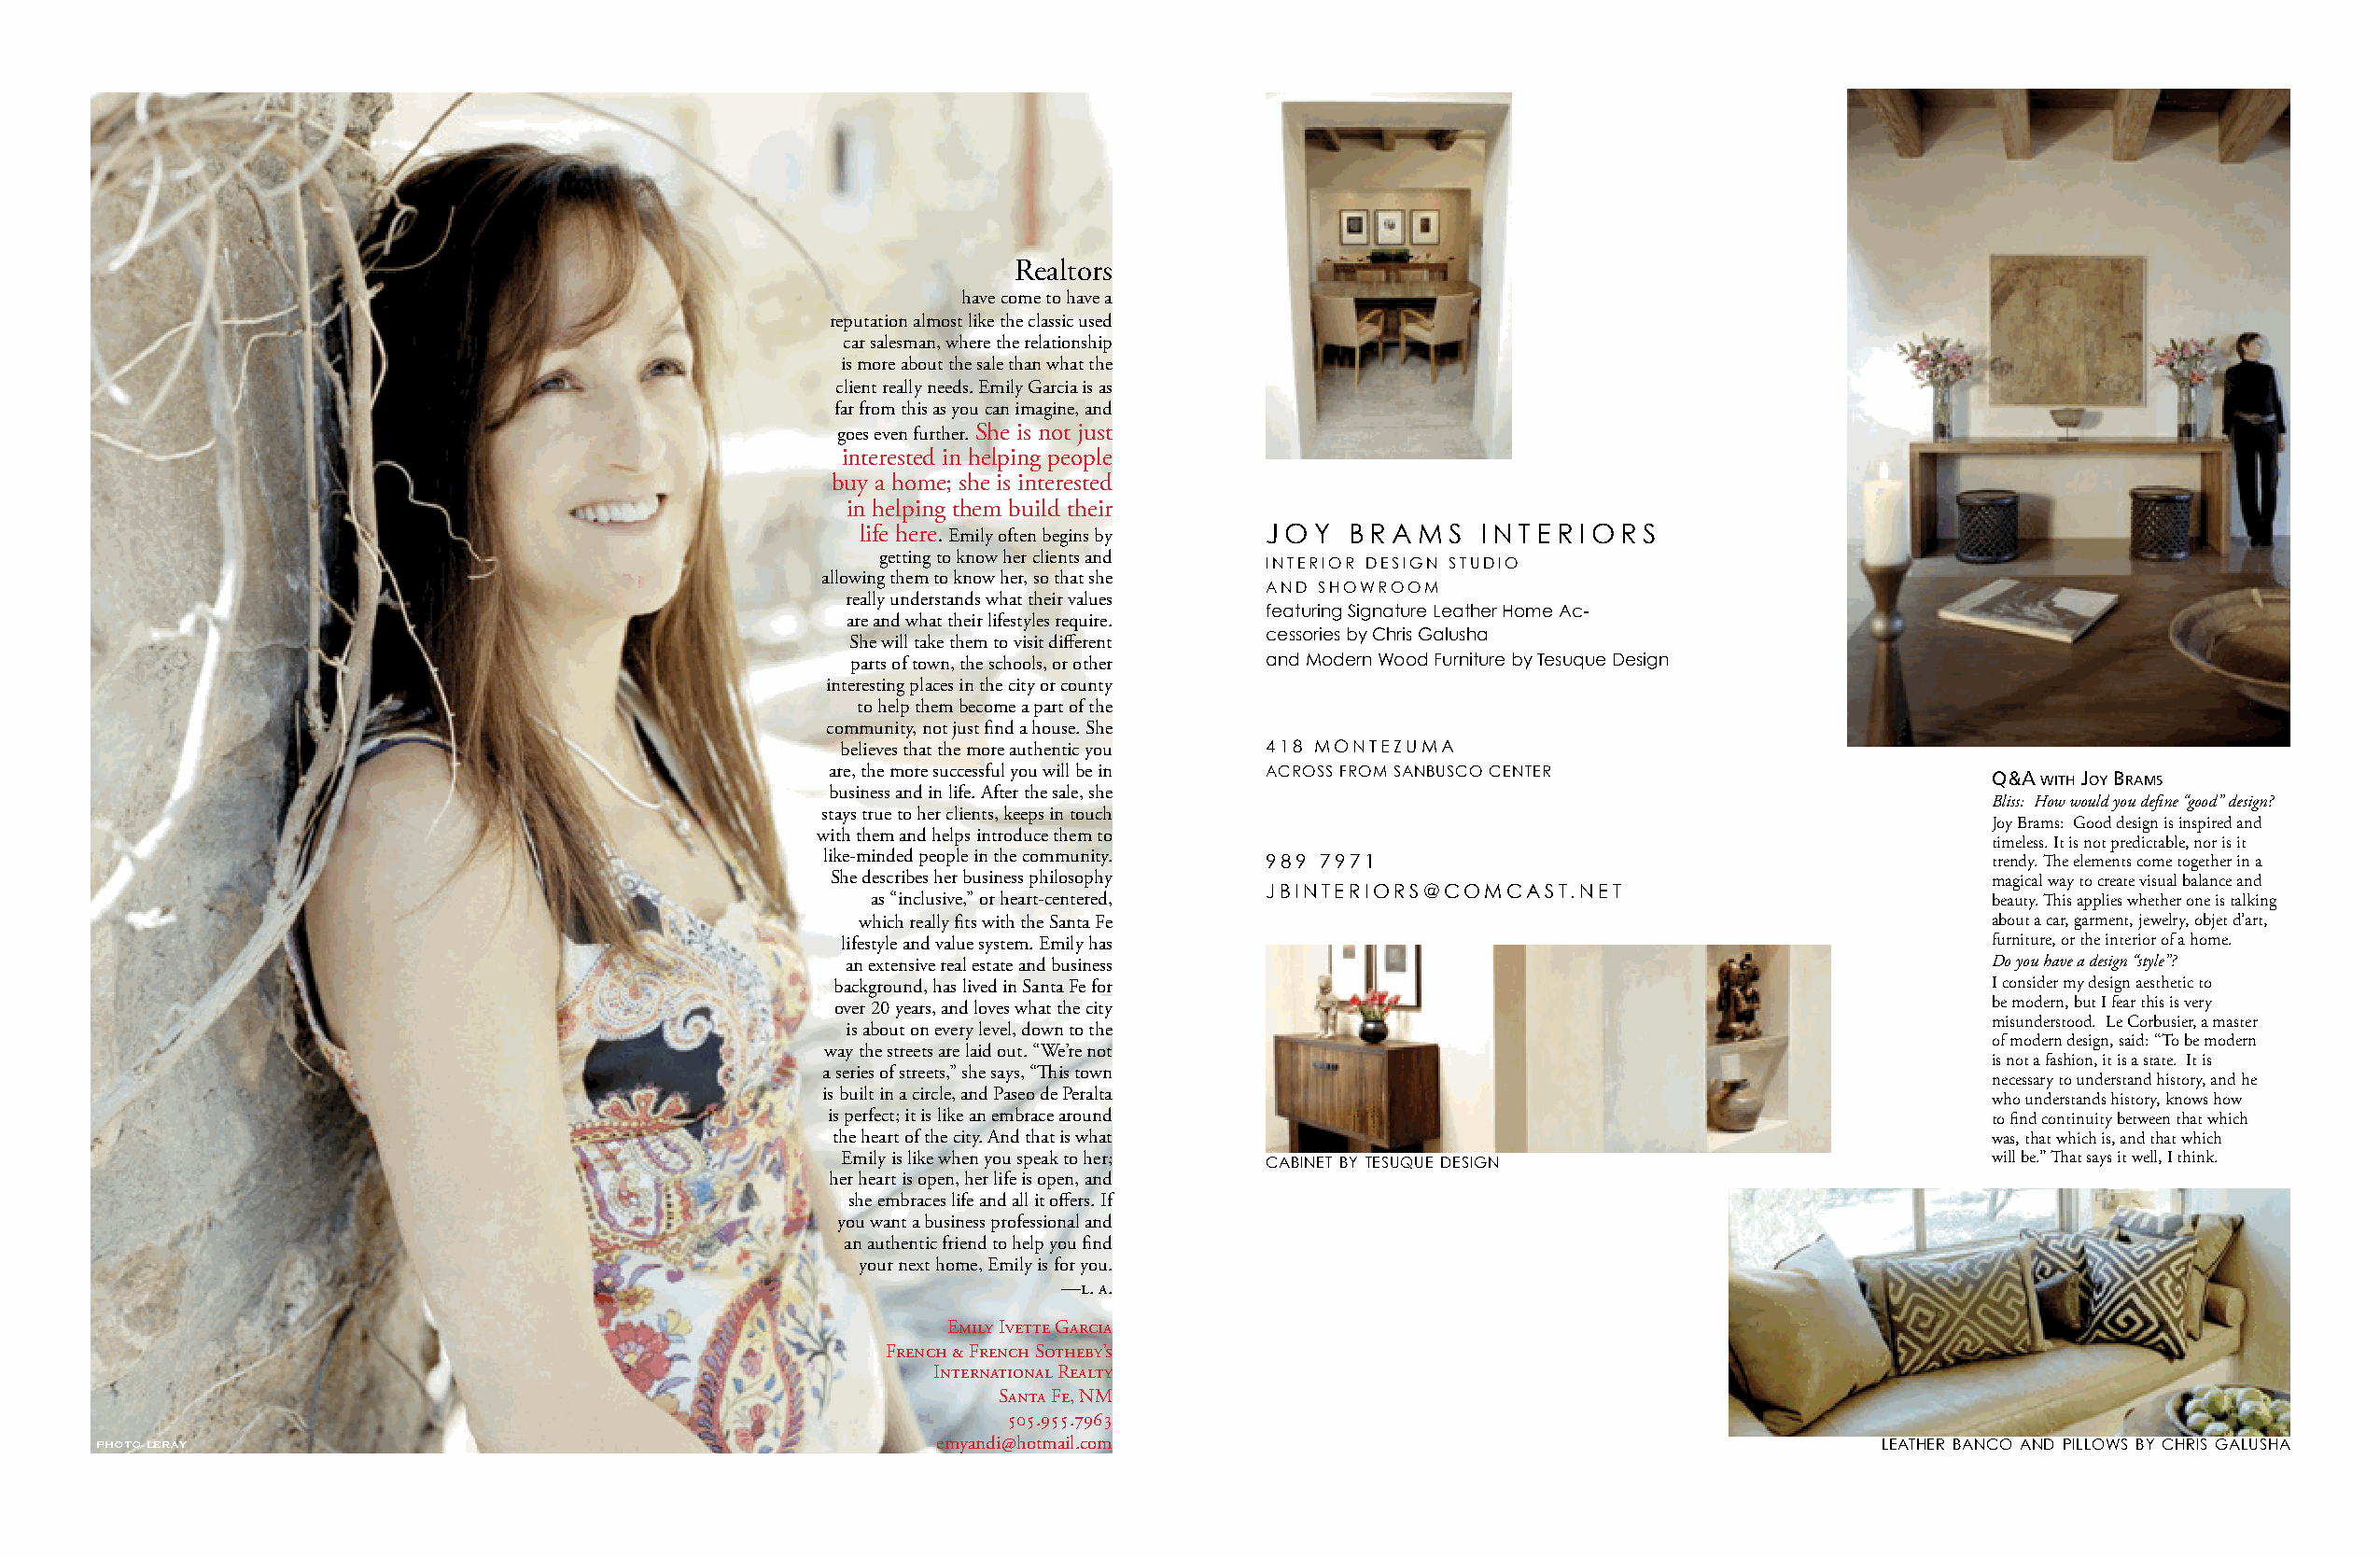
Realtors
 have come to have a
 reputation almost like the classic used
 car salesman, where the relationship
 is more about the sale than what the
 client really needs. Emily Garcia is as
 far from this as you can imagine, and
 goes even further. She is not just
 interested in helping people
 buy a home; she is interested
 in helping them build their
 life here. Emily often begins by JOY BRAMS  INTERIORS
 getting to know her clients and
 INTERIOR DESIGN STUDIO
 allowing them to know her, so that she
 AND SHOWROOM
 really understands what their values
 featuring Signature Leather Home Ac-
 are and what their lifestyles require.
 cessories by Chris Galusha
 She will take them to visit different
 parts of town, the schools, or other and Modern Wood Furniture by Tesuque Design
 interesting places in the city or county
 to help them become a part of the
 community, not just find a house. She
 believes that the more authentic you 418 MONTEZUMA
 are, the more successful you will be in ACROSS FROM SANBUSCO CENTER               Q&a with Joy BraMs
 business and in life. After the sale, she
 Bliss: How would you define “good” design?
 stays true to her clients, keeps in touch
 Joy Brams: Good design is inspired and
 with them and helps introduce them to
 timeless. It is not predictable, nor is it
 like-minded people in the community. 989 7971                                      trendy. The elements come together in a
 She describes her business philosophy                                             magical way to create visual balance and
 JBINTERIORS@COMCAST.NET
 as “inclusive,” or heart-centered,                                             beauty. This applies whether one is talking
 which really fits with the Santa Fe                                             about a car, garment, jewelry, objet d’art,
 lifestyle and value system. Emily has                                            furniture, or the interior of a home.
 an extensive real estate and business                                            Do you have a design “style”?
 background, has lived in Santa Fe for                                             I consider my design aesthetic to
 over 20 years, and loves what the city                                            be modern, but I fear this is very
 misunderstood. Le Corbusier, a master
 is about on every level, down to the
 of modern design, said: “To be modern
 way the streets are laid out. “We’re not
 is not a fashion, it is a state. It is
 a series of streets,” she says, “This town
 necessary to understand history, and he
 is built in a circle, and Paseo de Peralta
 who understands history, knows how
 is perfect; it is like an embrace around                                          to find continuity between that which
 the heart of the city. And that is what                                           was, that which is, and that which
 Emily is like when you speak to her; cabINEt by tESuquE DESIGN                   will be.” That says it well, I think.
 her heart is open, her life is open, and
 she embraces life and all it offers. If
 you want a business professional and
 an authentic friend to help you find
 your next home, Emily is for you.
 —l. a.
 Emily Ivette Garcia
 French & French Sotheby’s
 International Realty
 Santa Fe, NM
 505.955.7963
 photo leray                                                emyandi@hotmail.com                                                lEathEr baNco aND pIllowS by chrIS GaluSha